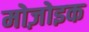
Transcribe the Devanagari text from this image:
मोज़ोइक